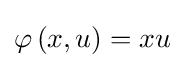
\varphi \left(x,u\right)=xu